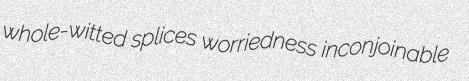
whole-witted splices worriedness inconjoinable